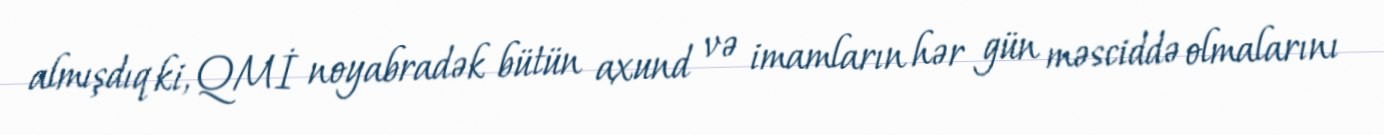
almışdıq ki, QMİ noyabradək bütün axund və imamların hər gün məsciddə olmalarını